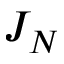
J _ { N }